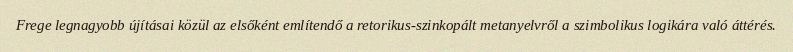
Frege legnagyobb újításai közül az elsőként említendő a retorikus-szinkopált metanyelvről a szimbolikus logikára való áttérés.